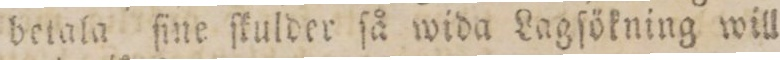
betala ſine ſkulder ſå wida Lagſökning will